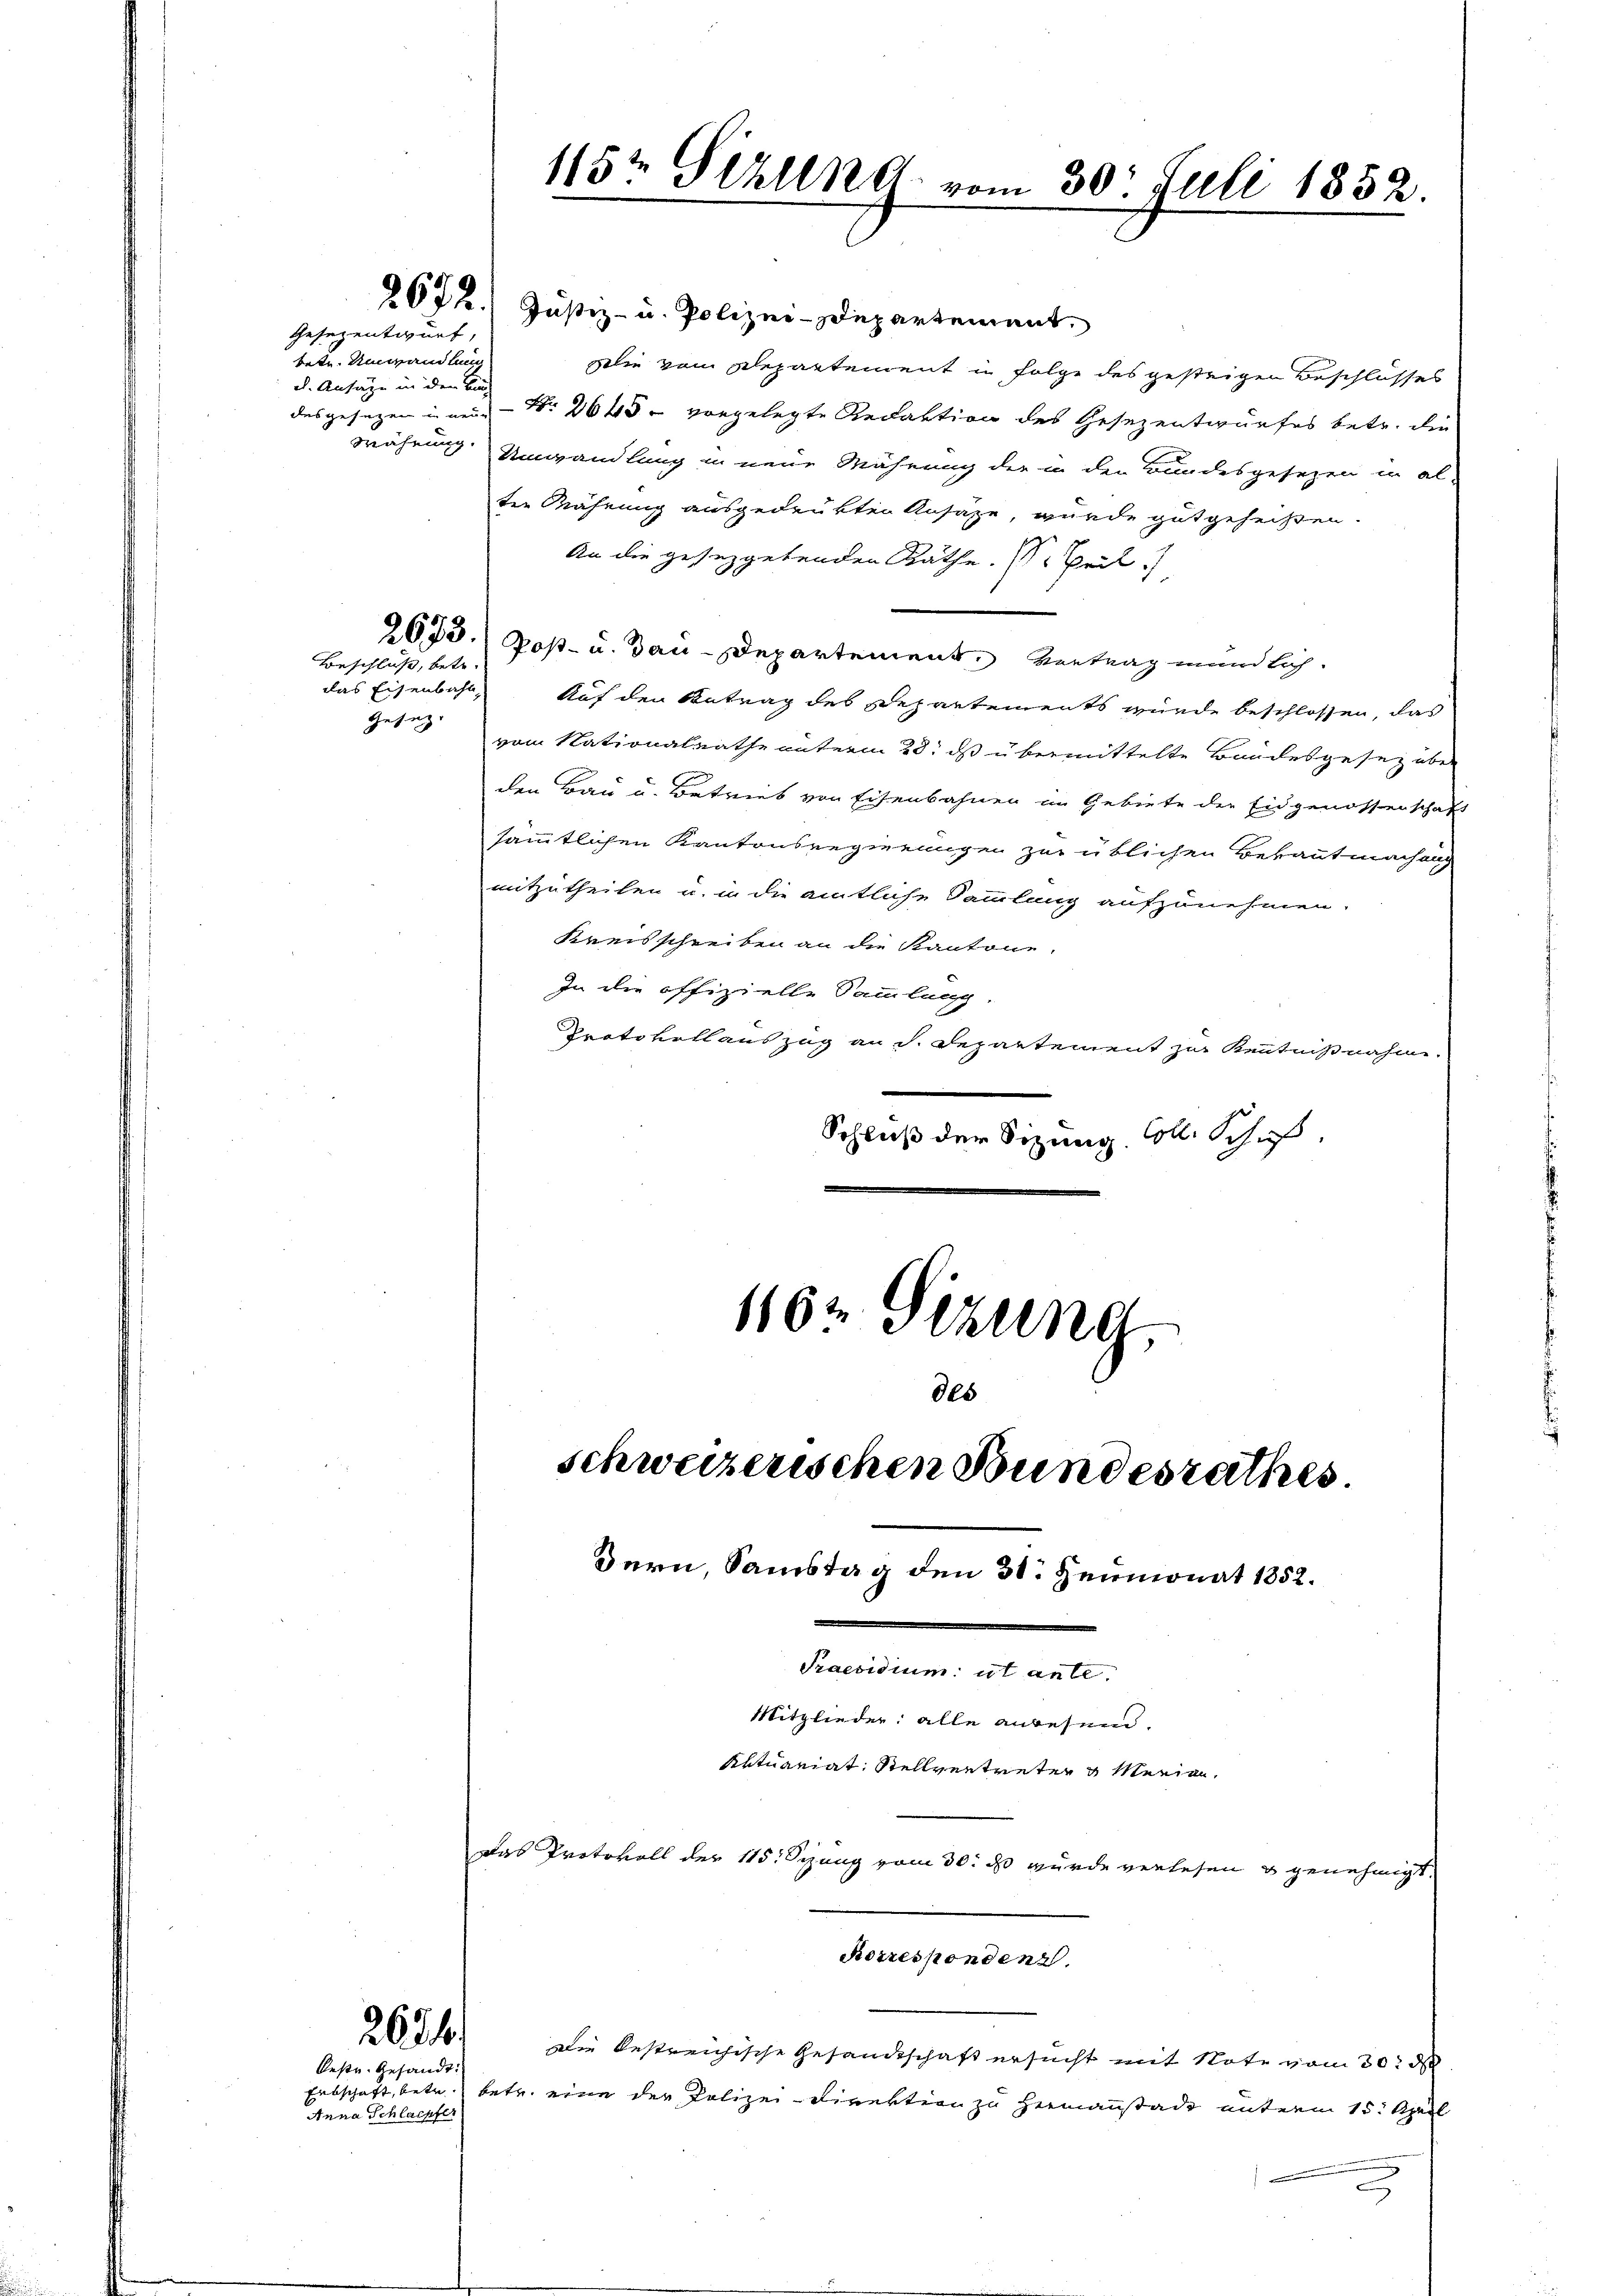
Gesezentwurf,
tete. Umwandlung
d. Ansätze in den Kin

2673.
Beschluss, betr.

Gesez

2671

Oestr. Gesandt.
Erbschaft, betr. be
Anna Schlaepfer

2672. Justiz- u. Polizei-Departement
Wie vom Departement in Folge des gesteigen Beschlosses
desgesagen in neue Nr. 2645 - vorgelegte Redaktion des Gesezentwurfes betr. die
währung Umwandlung in neue Währung der in den Bundesgesezen in al-
ter Währung ausgedrukten Ansätze, wurde gutgeheißen.
An die gesetzgebenden Räthe. (Beil
Post- u. Bau-Departement, Vertrag mundlich.
das Eisenball, Auf den Antrag des Departements wurde beschlossen, das
vom Nationalrathe unterm 28. ds übermittelte Bandesgesez über
den Bau u. Betrieb von Eisenbahnen im Gebiete der Eidgenossenschaft
sämmtlichen Kantonsregierungen zur üblichen Bekanntmachung
mitzutheilen u. in die amtliche Sammlung aufzunehmen.
Kreisschreiben an die Kantone.
In die offizielle Sammlung.
Protokoll auszug an d. Departement zur Kenntnißnahm
Schluß der Sitzung soll. Schaft,
1162 Sizung

115t Seelena vom 30. Juli 1852.

des
schweizerischen Bundesrathes.
Dern, Samstag den 31. Heumonat 1852.
Praesidium ut anle
Mitglieder alle anwesend.
Aktuariat Stellvertreter u Marian,

Das Protokoll der 115. Sizung vom 30. ds wurde verlesen u genehmigt,
Korrespondenz.
Die bestreichische Gesandtschaft ersucht mit Note vom 30. d
itr. eine der Polizei Direktion zu Hermannstade unterm 15. April
2